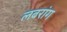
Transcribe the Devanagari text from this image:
लबरांग